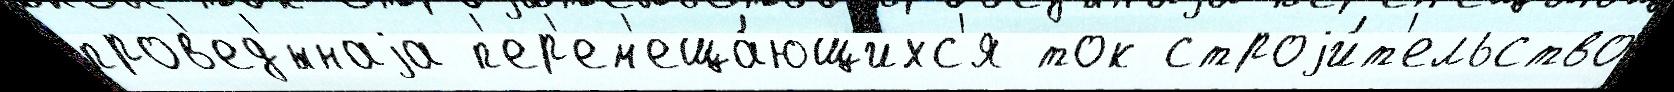
пров'ед'́ннаjа п'ер'ем'еща́ющихс'я ток строjи́т'ельство